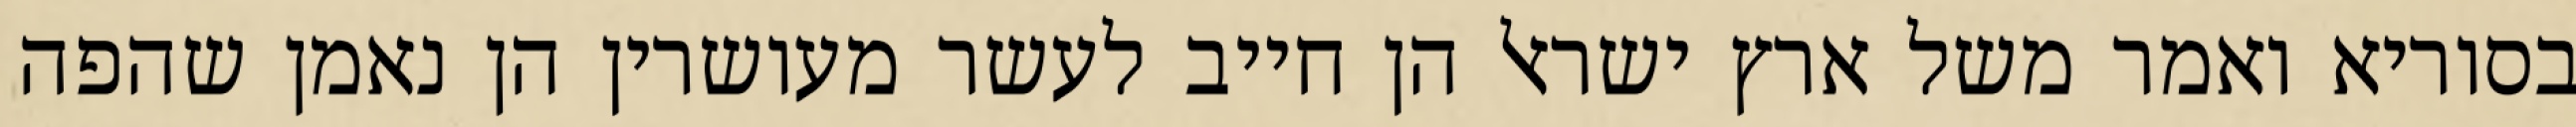
בסוריא ואמר משל ארץ ישראל הן חייב לעשר מעושרין הן נאמן שהפה